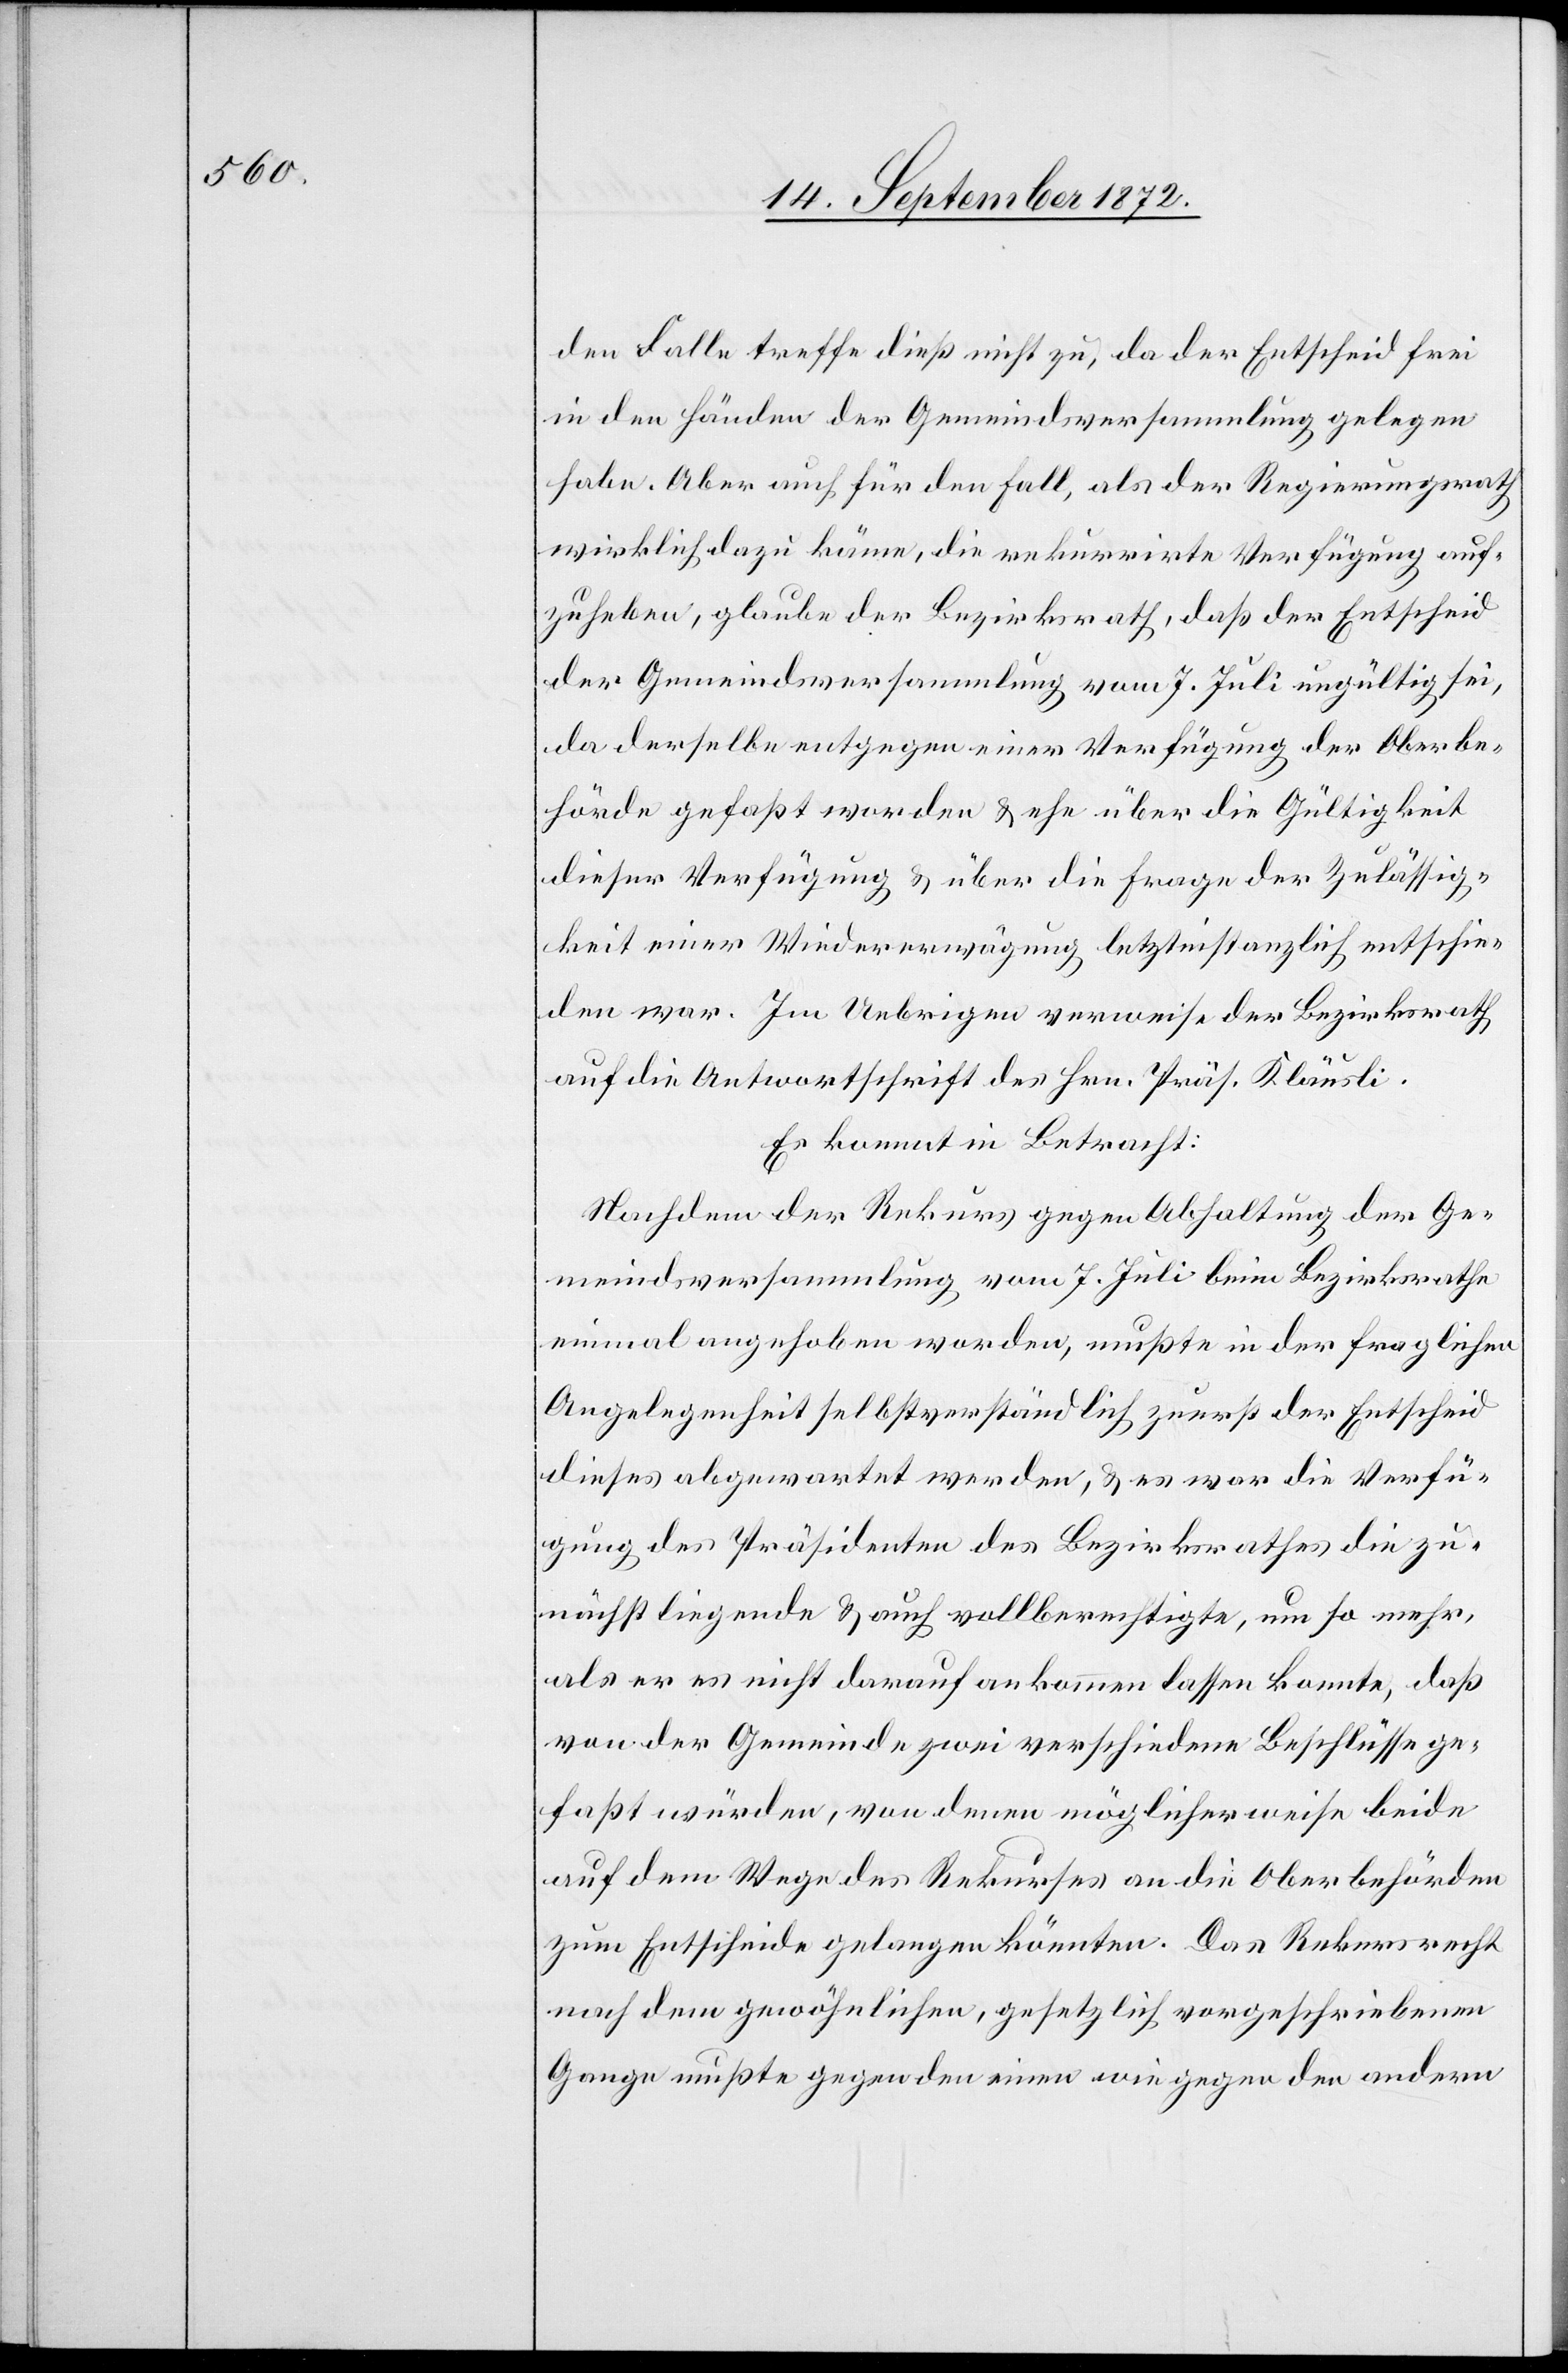
den Falle treffe dieß nicht zu, da der Entscheid frei
in den Händen der Gemeindsversammlung gelegen
habe. Aber auch für den Fall, als der Regierungsrath
wirklich dazu käme, die rekurrirte Verfügung auf¬
zuheben, glaube der Bezirksrath, daß der Entscheid
der Gemeindsversammlung vom 7. Juli ungültig sei,
da derselbe entgegen einer Verfügung der Oberbe¬
hörde gefaßt worden u. ehe über die Gültigkeit
dieser Verfügung u. über die Frage der Zulässig¬
keit einer Wiedererwägung letztinstanzlich entschie¬
den war. Im Uebrigen verweise der Bezirksrath
auf die Antwortschrift des Hrn. Präs. Kläusli.
Es kommt in Betracht:
Nachdem der Rekurs gegen Abhaltung der Ge¬
meindsversammlung vom 7. Juli beim Bezirksrathe
einmal angehoben worden, mußte in der fraglichen
Angelegenheit selbstverständlich zuerst der Entscheid
dieses abgewartet werden, u. es war die Verfü¬
gung des Präsidenten des Bezirksrathes die zu¬
nächst liegende u. auch vollberechtigte, um so mehr,
als er es nicht darauf ankommen lassen konnte, daß
von der Gemeinde zwei verschiedene Beschlüsse ge¬
faßt würden, von denen möglicherweise beide
auf dem Wege des Rekurses an die Oberbehörden
zum Entscheide gelangen könnten. Das Rekursrecht
nach dem gewöhnlichen, gesetzlich vorgeschriebenen
Gange mußte gegen den einen wie gegen den anderen